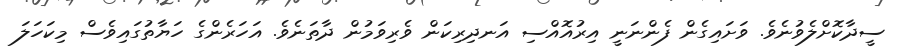
ސީދާކޮށްލެވުނެވެ. ވަށައިގެން ފެންނަނީ އިރުއޮއްސި އަނދިރިކަން ވެރިވަމުން ދާތަނެވެ. އަހަރެންގެ ހަޔާތުގައިވެސް މިކަހަލަ